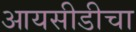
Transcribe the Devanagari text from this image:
आयसीडीचा